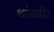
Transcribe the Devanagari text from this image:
थांबवीत